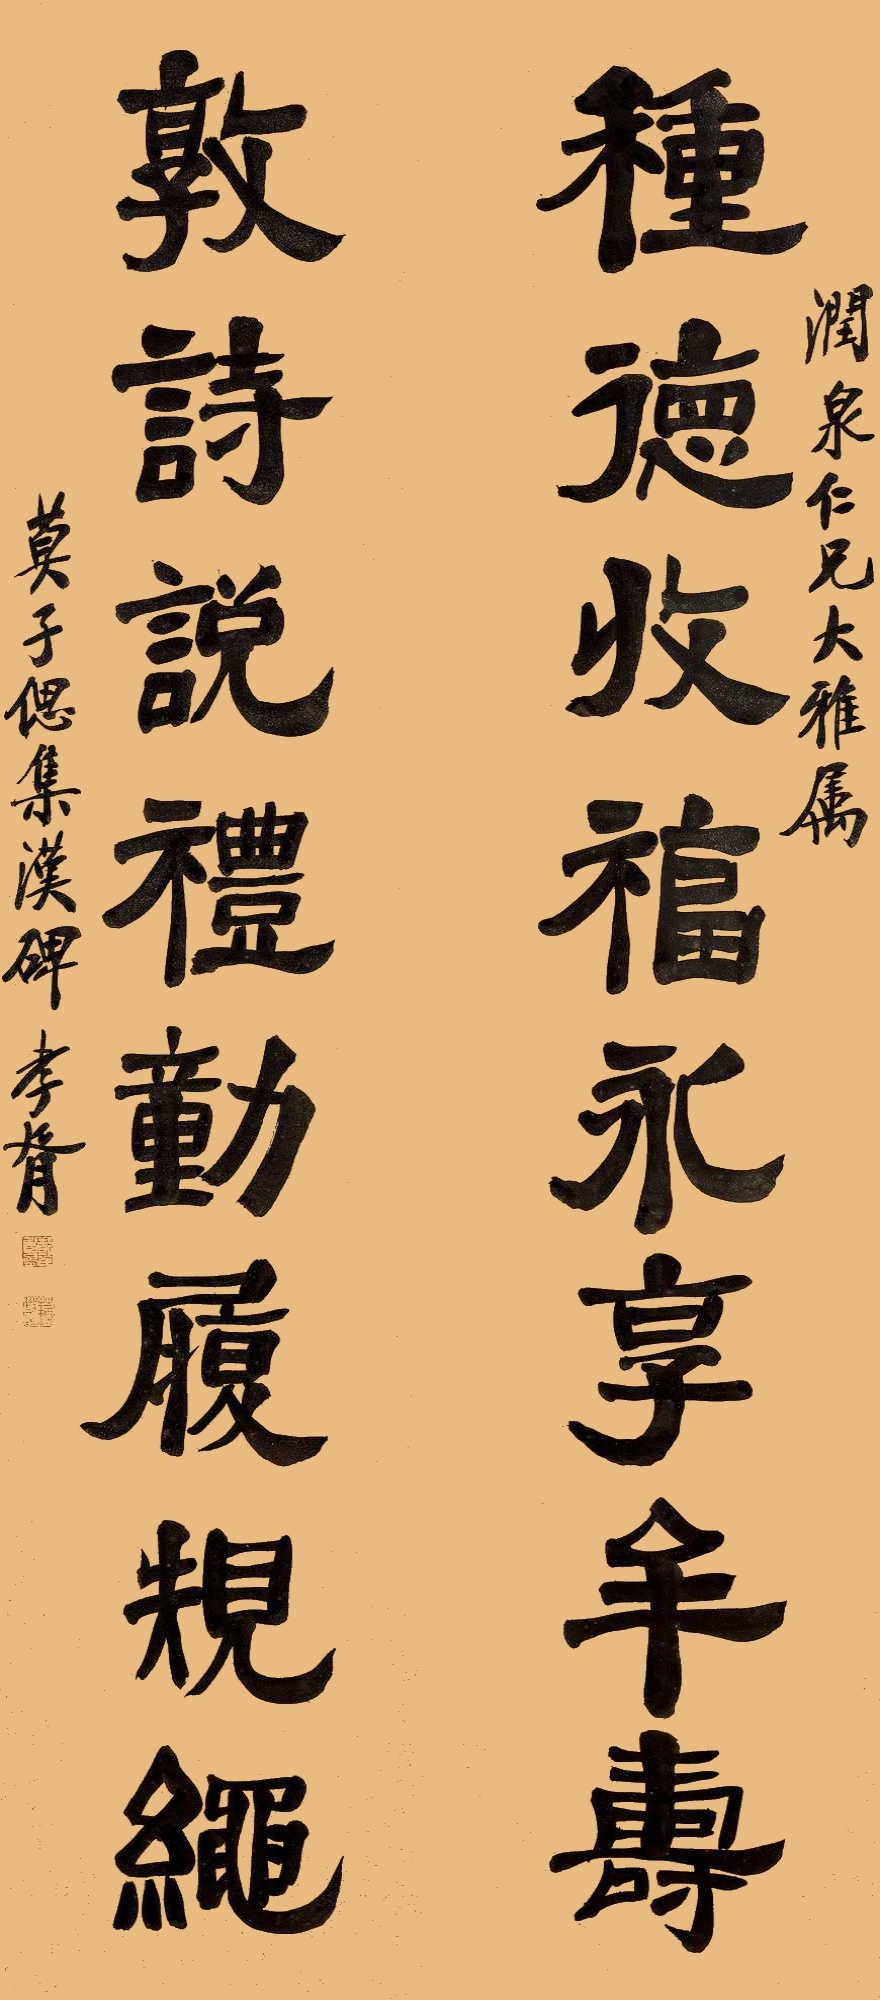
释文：种德收福永享牟寿，敦诗说礼动履规绳。润泉仁兄大雅属。莫子偲集汉碑。孝胥。